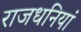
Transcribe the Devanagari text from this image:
राजधनियां